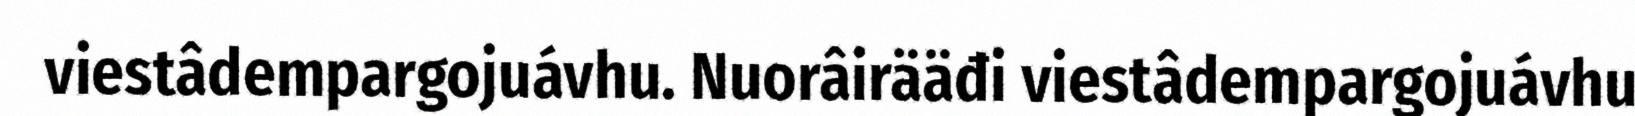
viestâdempargojuávhu. Nuorâirääđi viestâdempargojuávhu